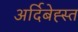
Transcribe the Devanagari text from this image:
अर्दिबेह्स्त